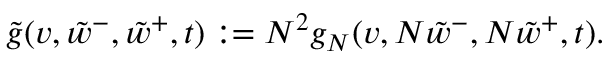
\tilde { g } ( v , \tilde { w } ^ { - } , \tilde { w } ^ { + } , t ) : = N ^ { 2 } g _ { N } ( v , N \tilde { w } ^ { - } , N \tilde { w } ^ { + } , t ) .